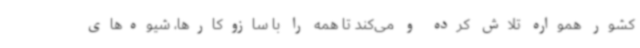
کشور همواره تلاش کرده و می‌کند تا همه را با سازوکارها،‌ شیوه‌های